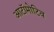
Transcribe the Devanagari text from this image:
आटॉमोटिव